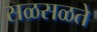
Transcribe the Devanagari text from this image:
सळसळते